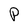
Character: P